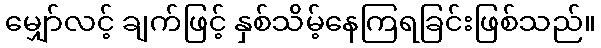
မျှော်လင့် ချက်ဖြင့် နှစ်သိမ့်နေကြရခြင်းဖြစ်သည်။